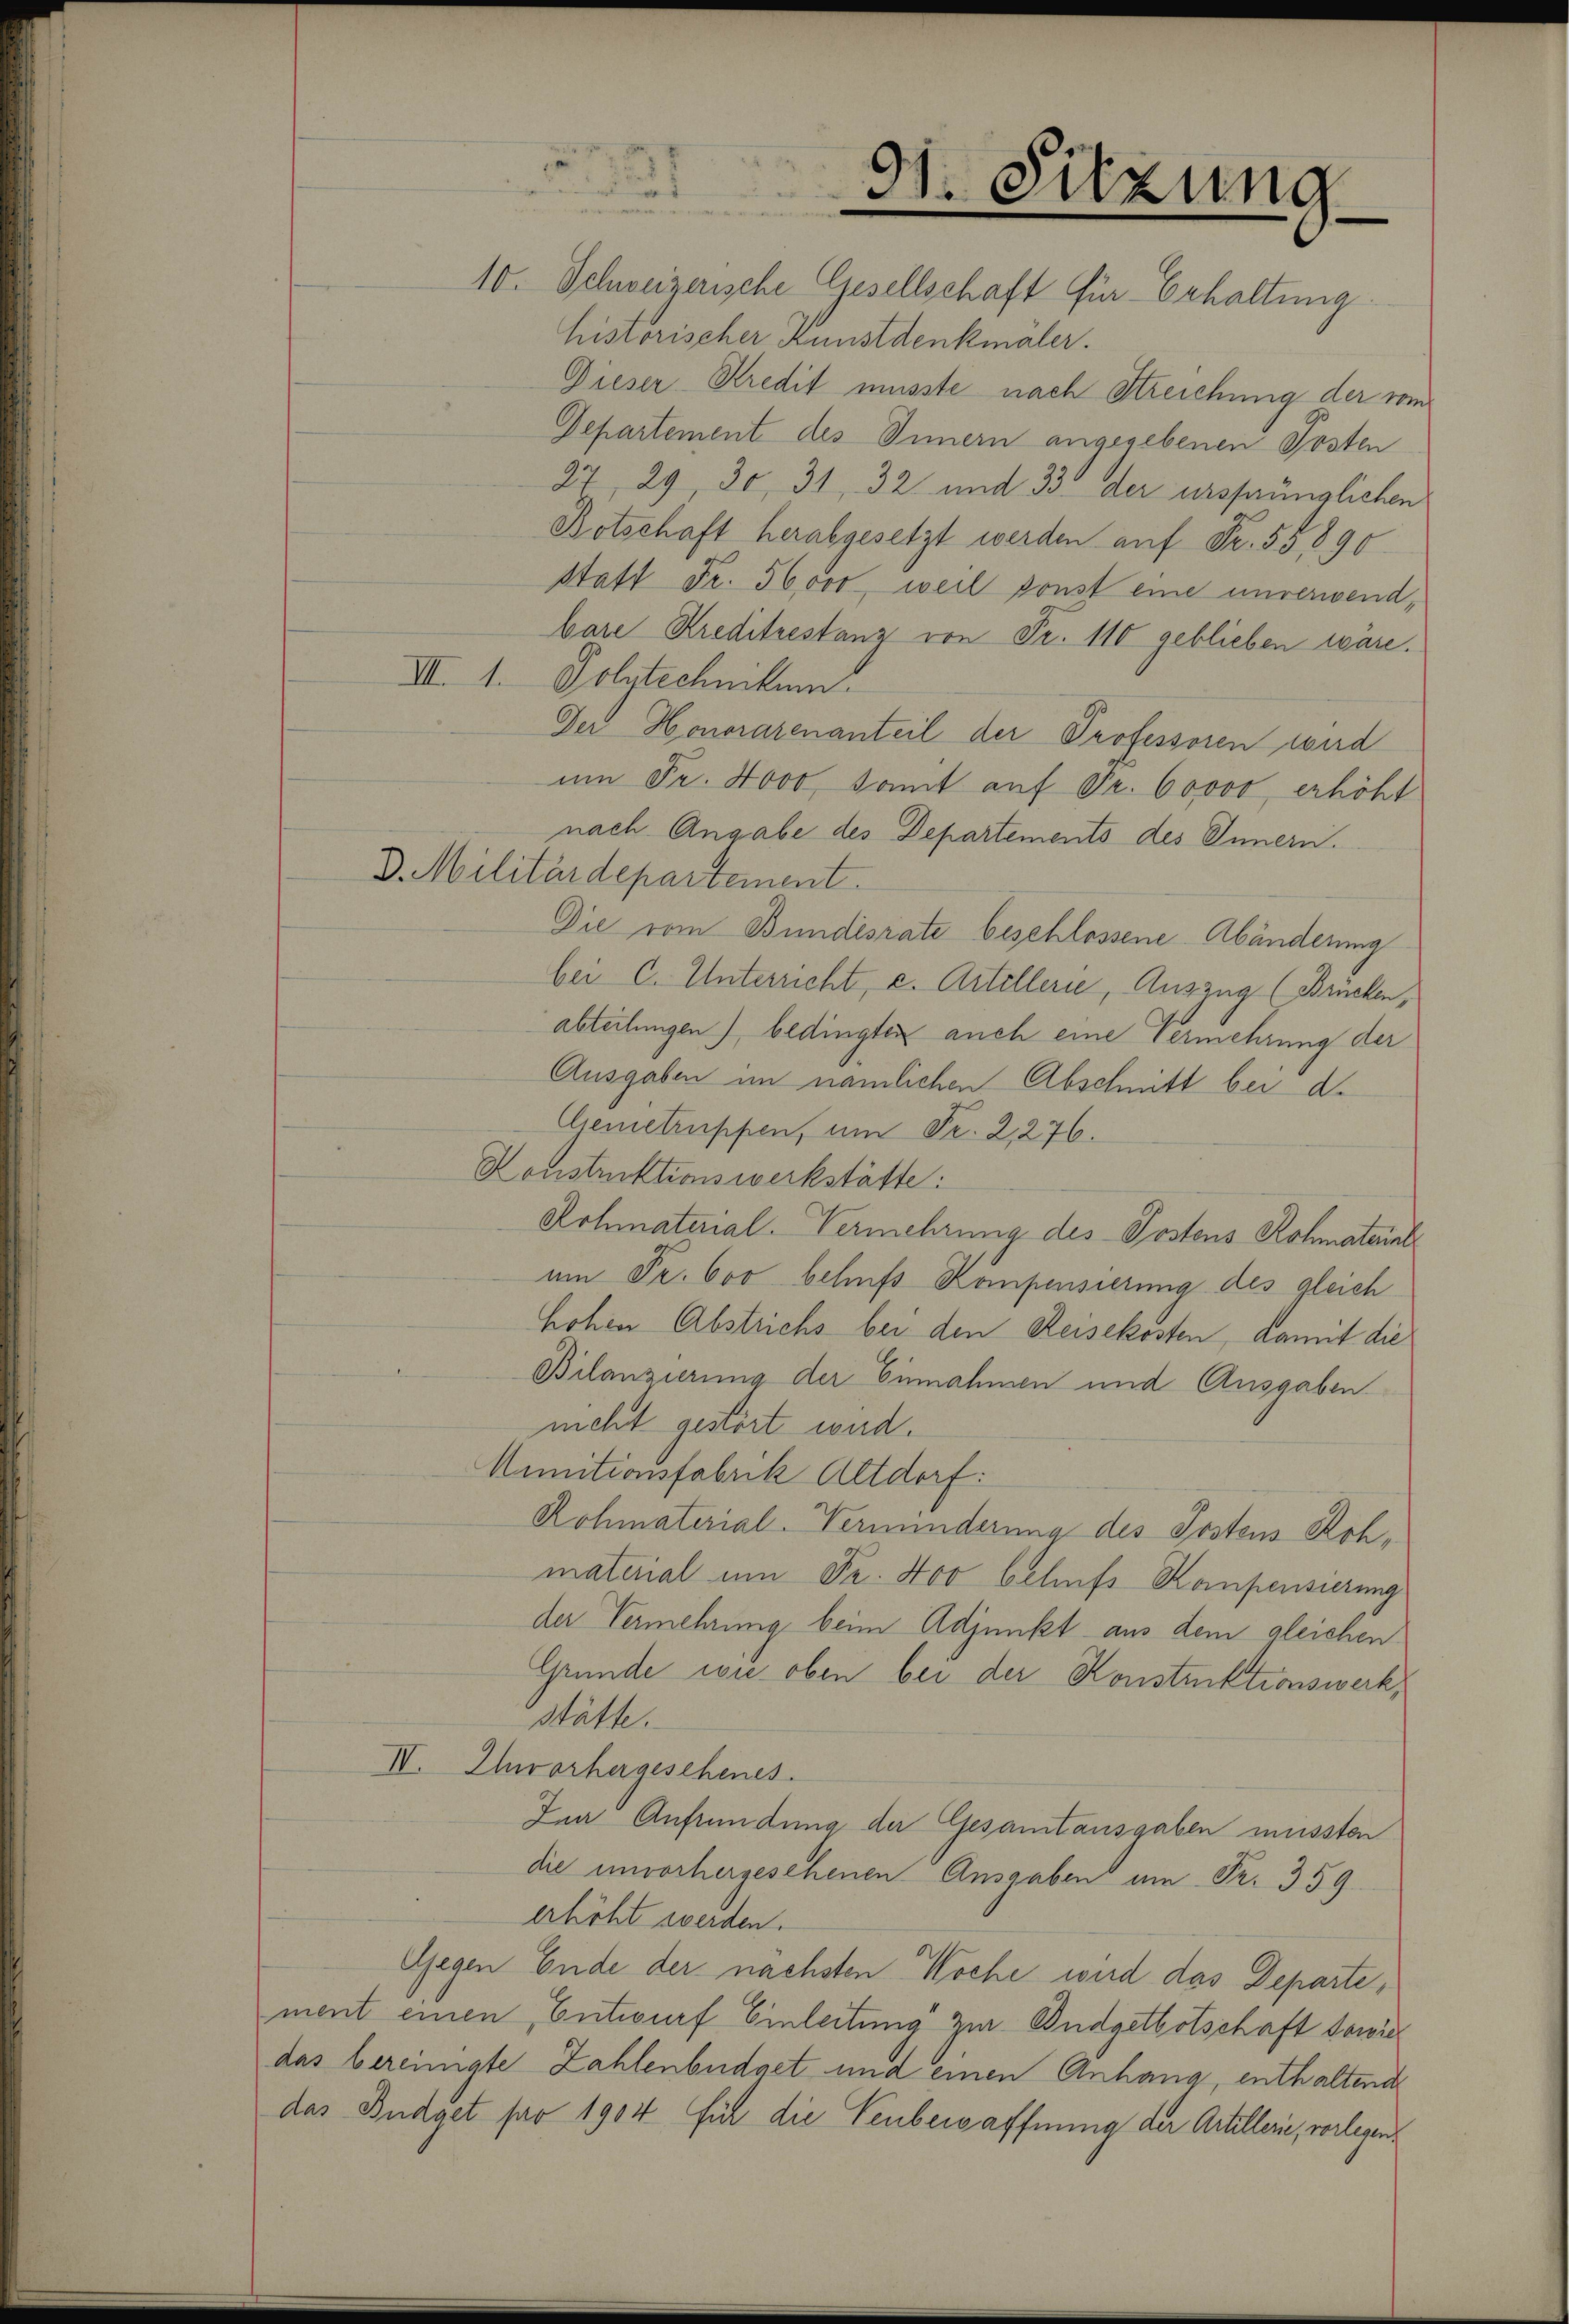
10. Schweizerische Gesellschaft für Erhaltung
historischer Kunstdenkmaler.
Dieser-Kredit musste nach Streichung der vom
Departement des Innern angegebenen Posten
27, 29. 30, 31, 32 und 33 der ursprünglichen
Botschaft herabgesetzt werden auf Fr. 55,890
Statt Fr. 56000, weil sonst eine unverwendbare Kreditrestanz von Fr. 110 geblieben wäre.
VII. 1. Polytechnikum.
Der Honorarenanteil der Professoren wird
um Fr. 4000, samt auf Fr. 60000 erhöht
nach Angabe des Departements des Innern.
D. Militärdepartement.
Die vom Bundesrate beschlossene Abänderung
bei C. Unterricht, c. Artellerie, Auszug (Brücken,
abteilungen) bedingten auch eine Vermehrung der
Ausgaben im nämlichen Abschnitt bei d.
Ciemetruppen, um Fr. 2. 276.
Konstruktionswerkstätte:
Rohmaterial-Vermehrung des Postens Rohmaterial
um Fr. 600 behufs Kompensierung des gleich
hohen Abstrichs bei den Reisekosten, damit die
Bilanzierung der Einnahmen und Ausgaben
nicht gestört wird.
Munitionsfabrik Altdorf:
Rohmaterial-Verminderung des Postens Rohmaterial um Fr. 400 behufs Konpensierung
der Vermehrung beim Adjunkt aus dem gleichen
Grunde wie oben bei der Konstruktionswerk,
stätte.
IV. Ehorhergesehenes.
Ien Anfründung der Gesamtausgaben müssten
die unvorhergesehenen Ausgaben am Fr. 359
erhöht werden.
Gegen Ende der nächsten Woche wird das Departement einen Entwurf Einleitung zur Budgetbotschaft sowie
das bereinigte Zahlenbüdget und einen Anhang, enthaltende
das Budget pro 1904 für die Feubewaffnung der Artillerie, vorlegen¬

dt. Sitzung